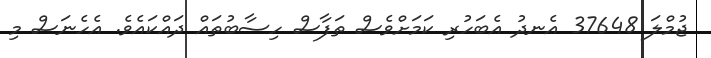
ޖުމްލަ 37648 އެނދު އެބަހުރި ކަމަށްވެސް ތަފާސް ހިސާބުތައް ދައްކައެވެ. އެހެނަސް މި